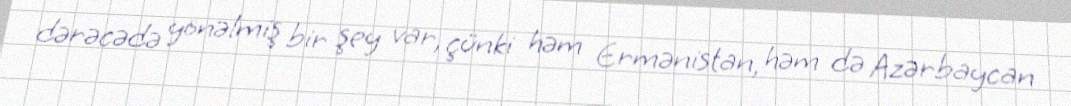
dərəcədə yönəlmiş bir şey var, çünki həm Ermənistan, həm də Azərbaycan